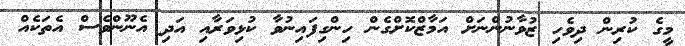
މީގެ ކުރިން ދިވެހި ޒުވާނުންނަށް އަމާޒްކޮށްގެން ހިންގިފައިނުވާ ކުޅިވަރާއި އަދި އެނޫންވެސް އެތަކެއް